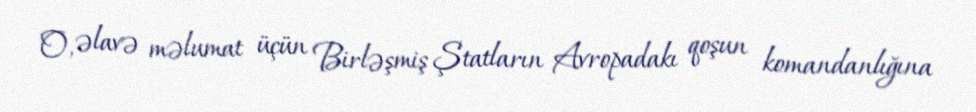
O, əlavə məlumat üçün Birləşmiş Ştatların Avropadakı qoşun komandanlığına